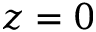
z = 0